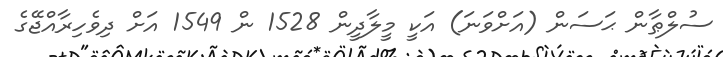
ސުލްޠާން ޙަސަން (އަށްވަނަ) އަކީ މީލާދީން 1528 ން 1549 އަށް ދިވެހިރާއްޖޭގެ